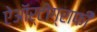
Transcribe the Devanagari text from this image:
ऐऑर्टोग्राफी